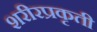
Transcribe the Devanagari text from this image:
शरीरप्रकृती